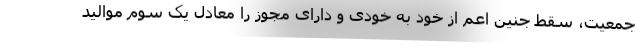
جمعیت، سقط جنین اعم از خود به خودی و دارای مجوز را معادل یک سوم موالید